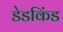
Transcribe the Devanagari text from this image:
डेडकिंड